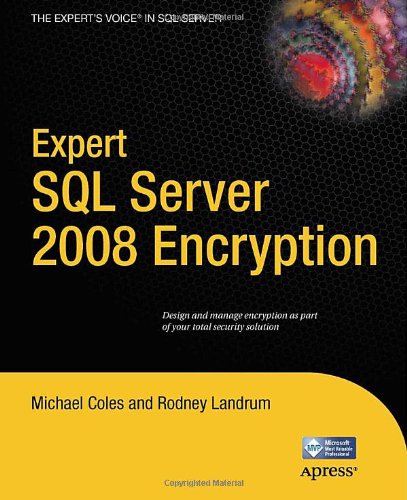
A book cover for Expert SQL Server 2008 Encryption (Expert's Voice in SQL Server); Michael Coles; Computers & Technology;